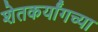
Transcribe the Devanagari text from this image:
शेतकर्यांगच्या